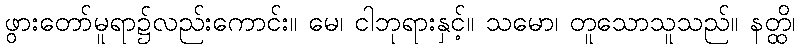
ဖွားတော်မူရာ၌လည်းကောင်း။ မေ၊ ငါဘုရားနှင့်။ သမော၊ တူသောသူသည်။ နတ္ထိ၊